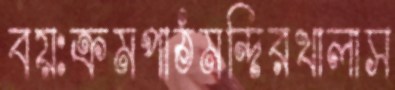
বয়ঃক্রমপাঠমন্দিরখালাস